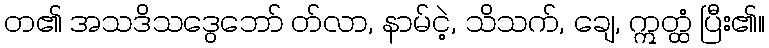
တ၏ အသဒိသဒွေဘော် တ်လာ, နာမ်ငဲ့, သိသက်, ချေ, ဣတ္ထံ ပြီး၏။